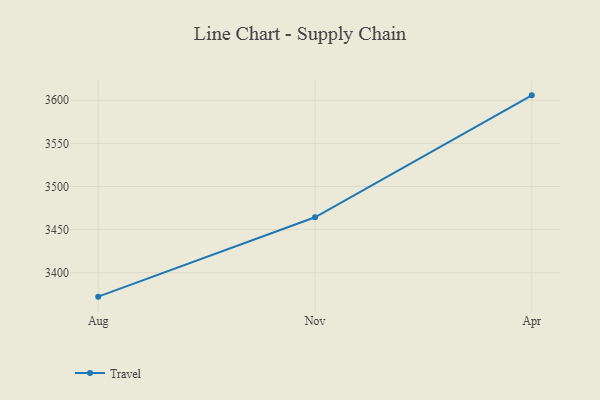
{"axis": {"x": "Month", "y": "Bounce Rate (%)"}, "legend": ["Travel"], "data": [{"x": "Aug", "y": 3372.3, "type": "Travel"}, {"x": "Nov", "y": 3464.3, "type": "Travel"}, {"x": "Apr", "y": 3605.7, "type": "Travel"}]}